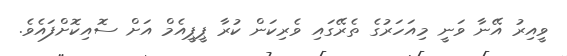
ވީއިރު އޭނާ ވަނީ މިއަހަރުގެ ތެރޭގައި ވެރިކަން ކުރާ ޕީޕީއެމް އަށް ސޮއިކޮށްފައެވެ.